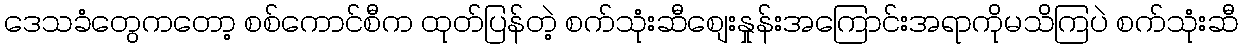
ဒေသခံတွေကတော့ စစ်ကောင်စီက ထုတ်ပြန်တဲ့ စက်သုံးဆီစျေးနှုန်းအကြောင်းအရာကိုမသိကြပဲ စက်သုံးဆီ